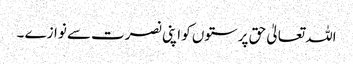
اللہ تعالیٰ حق پرستوں کو اپنی نصرت سے نوازے ۔